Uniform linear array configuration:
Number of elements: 32
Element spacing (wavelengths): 0.5
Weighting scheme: cosine
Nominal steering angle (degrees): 60
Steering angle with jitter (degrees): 61.471
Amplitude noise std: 0.05
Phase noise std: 0.05

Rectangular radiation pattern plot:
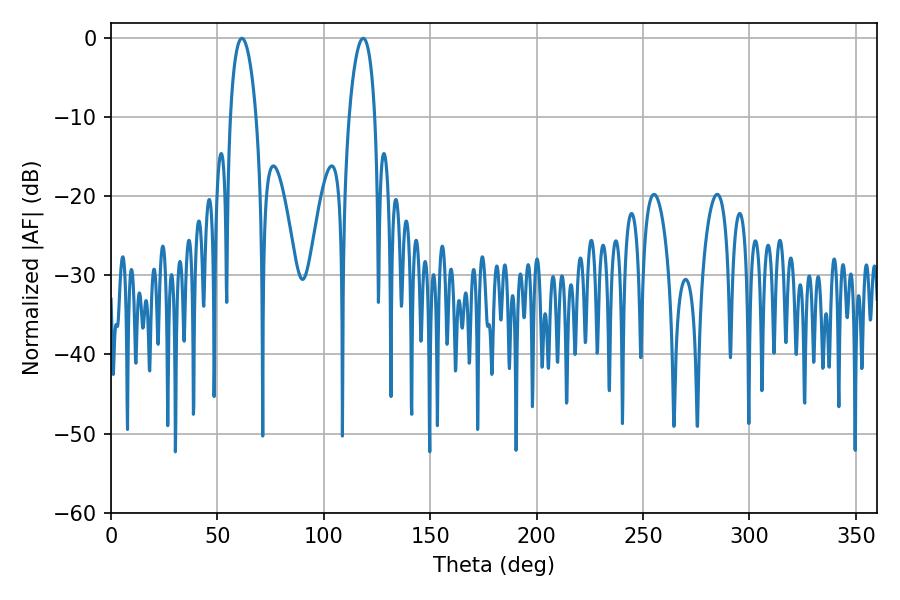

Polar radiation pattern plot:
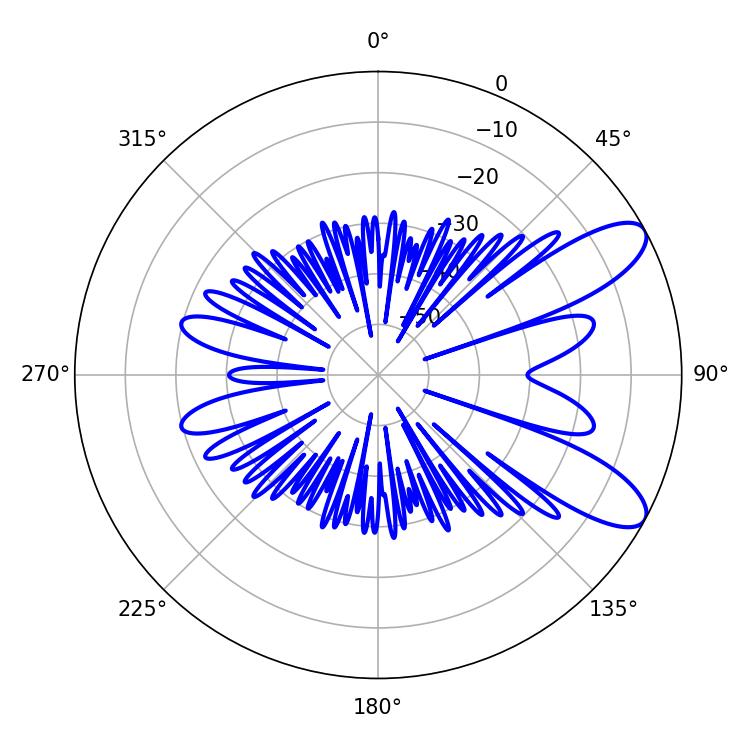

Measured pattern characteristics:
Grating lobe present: FALSE
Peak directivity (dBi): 9.407
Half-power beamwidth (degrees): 6.84
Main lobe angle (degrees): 61.56